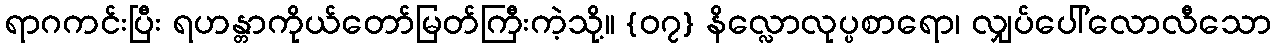
ရာဂကင်းပြီး ရဟန္တာကိုယ်တော်မြတ်ကြီးကဲ့သို့။ {၀၇} နိလ္လောလုပ္ပစာရော၊ လျှပ်ပေါ်လောလီသော